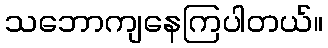
သဘောကျနေကြပါတယ်။